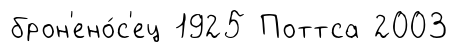
брон'ено́с'ец 1925 Поттса 2003